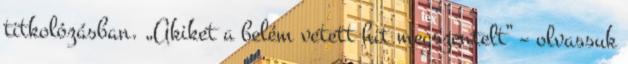
titkolózásban. „Akiket a belém vetett hit megszentelt” – olvassuk